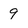
Character: 9